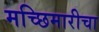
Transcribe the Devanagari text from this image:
मच्छिमारीचा